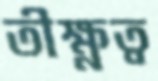
তীক্ষ্ণত্ব